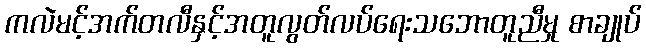
ကလဲမင့်အက်တလီနှင့်အတူလွတ်လပ်ရေးသဘောတူညီမှု စာချုပ်